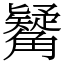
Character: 觺